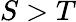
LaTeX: S>T